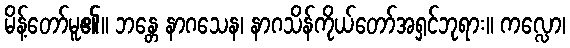
မိန့်တော်မူ၏။ ဘန္တေ နာဂသေန၊ နာဂသိန်ကိုယ်တော်အရှင်ဘုရား။ ကလ္လော၊